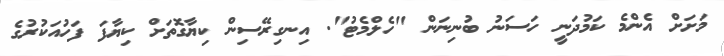
މަށަށް އެންމެ ކަމުދަނީ ހަސަނު ބުނިނަން "ހެލްމެޓު". އިނގިރޭސިން ކިޔާގޮތަށް ކިޔާފަ ފަހުއަކުރުގެ